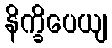
နိက္ခိပေယျ